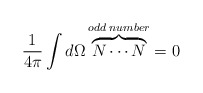
\begin{align*}\frac{1}{4\pi}\int d\Omega \overbrace{N\cdots N}^{odd\;number}=0\end{align*}